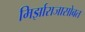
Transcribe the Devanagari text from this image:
मिर्झाराजासोबत